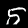
Digit: 5